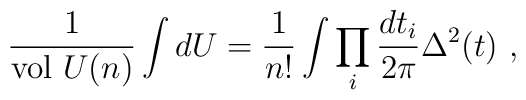
{1 \over {\rm vol}~U(n)}\int dU = {1 \over n!} \int \prod_i {dt_i \over 2 \pi}  \Delta^2(t)~,